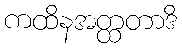
ကထိနအတ္ထတာဒိ